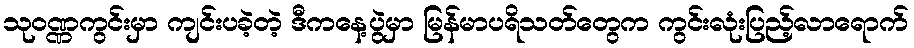
သုဝဏ္ဏကွင်းမှာ ကျင်းပခဲ့တဲ့ ဒီကနေ့ပွဲမှာ မြန်မာပရိသတ်တွေက ကွင်းလုံးပြည့်လာရောက်